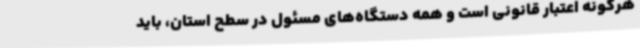
هرگونه اعتبار قانونی است و همه دستگاه‌های مسئول در سطح استان، باید